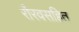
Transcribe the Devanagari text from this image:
रौरवसहित